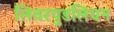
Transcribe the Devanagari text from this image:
लिवरपुडलियन